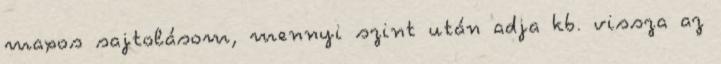
maxos sajtolásom, mennyi szint után adja kb. vissza az